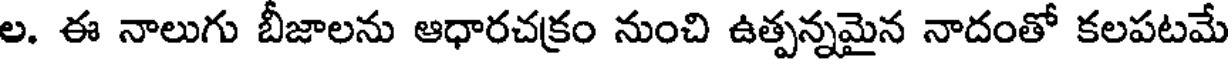
ల. ఈ నాలుగు బీజాలను ఆధారచక్రం నుంచి ఉత్పన్నమైన నాదంతో కలపటమే